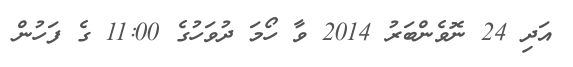
އަދި 24 ނޮވެންބަރު 2014 ވާ ހޯމަ ދުވަހުގެ 11:00 ގެ ފަހުން